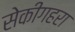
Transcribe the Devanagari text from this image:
सेकीगहरा